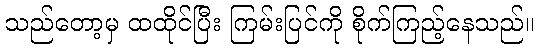
သည်တော့မှ ထထိုင်ပြီး ကြမ်းပြင်ကို စိုက်ကြည့်နေသည်။